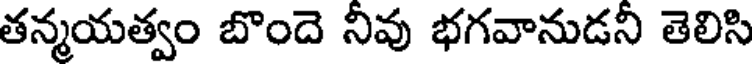
తన్మయత్వం బొందె నీవు భగవానుడనీ తెలిసి